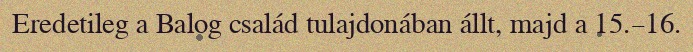
Eredetileg a Balog család tulajdonában állt, majd a 15.–16.